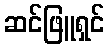
ဆင်ဖြူရှင်